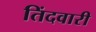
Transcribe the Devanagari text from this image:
तिंदवारी